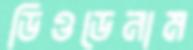
ডিওডেনাম